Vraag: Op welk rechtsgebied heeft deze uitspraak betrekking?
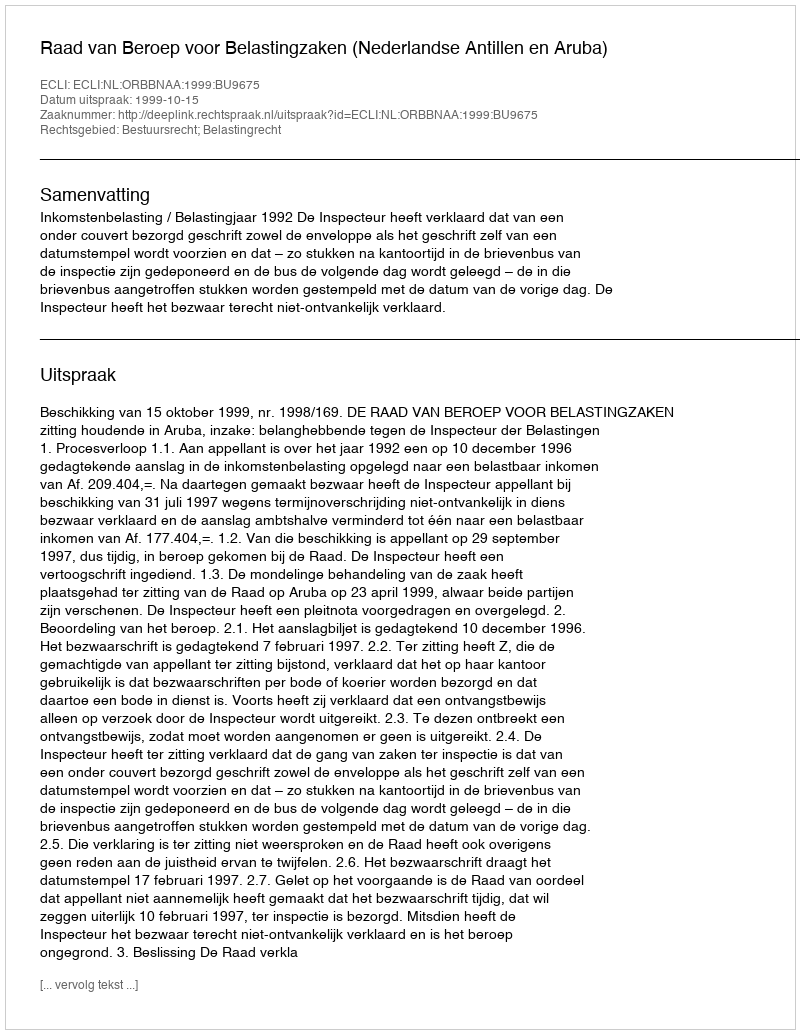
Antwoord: Bestuursrecht; Belastingrecht